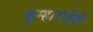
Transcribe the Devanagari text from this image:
कुम्हारगीरी